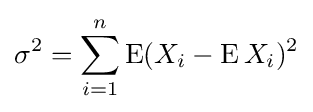
\sigma ^{2}=\sum _{i=1}^{n}\operatorname {E} (X_{i}-\operatorname {E} X_{i})^{2}